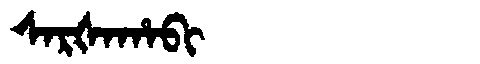
Manchu: ᠰᠠᡵᡧᠠᡥᠠᠪᡳ
Romanization: SARŠAHABI